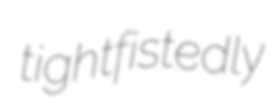
tightfistedly